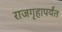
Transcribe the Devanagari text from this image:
राजगृहापर्यंत